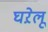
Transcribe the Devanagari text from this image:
घऱेलू